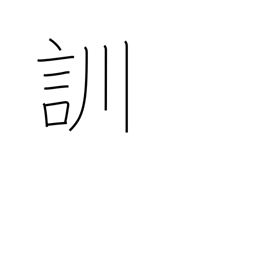
Meaning: read